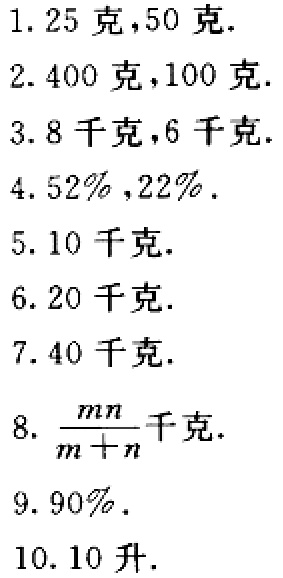
1. 25克,50克.

2. 400克,100克.

3. 8千克,6千克.

4. $52\%,22\%$.

5. 10千克.

6. 20千克.

7. 40千克.

8. $\frac{mn}{m + n}$千克.

9. $90\%$.

10. 10升.